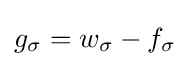
g_{\sigma }=w_{\sigma }-f_{\sigma }